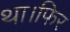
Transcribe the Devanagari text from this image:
था।फिर